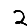
Digit: 2